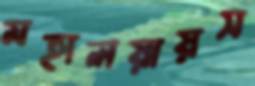
মহালয়ায়স